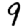
Digit: 9